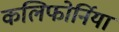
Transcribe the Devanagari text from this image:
कलिफोर्निया